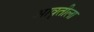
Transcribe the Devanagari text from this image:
आवृतीला